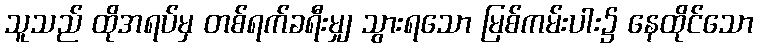
သူသည် ထိုအရပ်မှ တစ်ရက်ခရီးမျှ သွားရသော မြစ်ကမ်းပါး၌ နေထိုင်သော